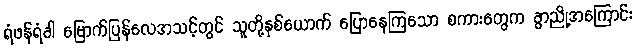
ရံဖန်ရံခါ မြောက်ပြန်လေအသင့်တွင် သူတို့နှစ်ယောက် ပြောနေကြသော စကားတွေက ခွာညို့အကြောင်း